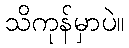
သိကုန်မှာပဲ။